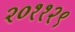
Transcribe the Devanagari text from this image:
२०११२९